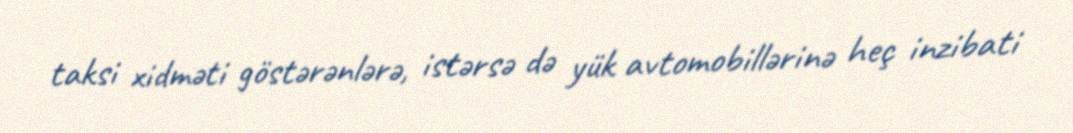
taksi xidməti göstərənlərə, istərsə də yük avtomobillərinə heç inzibati